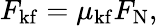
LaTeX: F_{\mathrm{kf}}=\mu_{\mathrm{kf}}F_{\mathrm{N}},